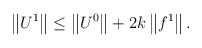
\begin{align*} \left\|U^1\right\| \leq \left\|U^0\right\| + 2k\left\|f^1\right\|. \end{align*}